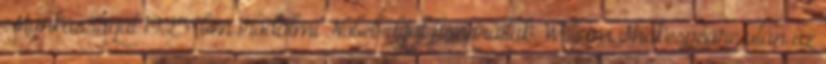
Munkásságát 1925-ben irodalmi Nobel-díjjal honorálták. William Shakespeare után az